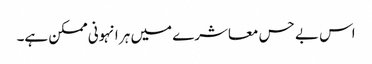
اس بے حس معاشرے میں ہر انہونی ممکن ہے۔